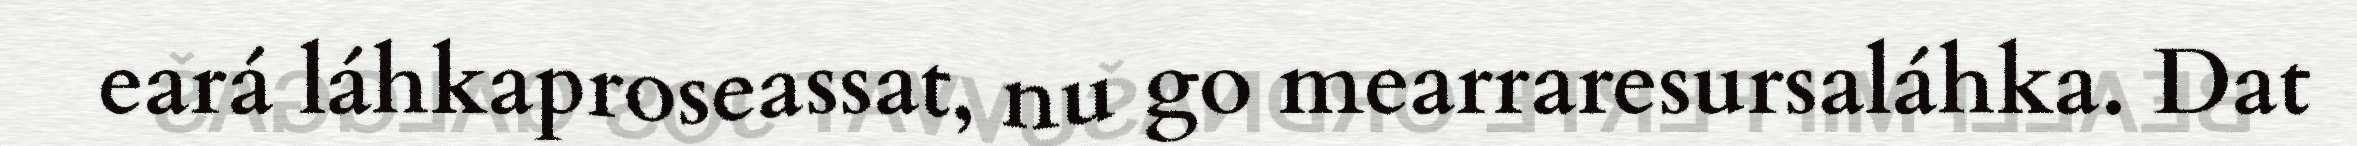
eará láhkaproseassat, nu go mearraresursaláhka. Dat